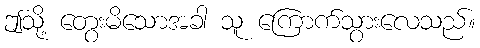
ဤသို့ တွေးမိသောအခါ သူ ကြောက်သွားလေသည်။